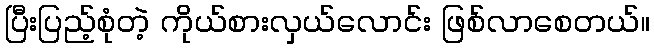
ပြီးပြည့်စုံတဲ့ ကိုယ်စားလှယ်လောင်း ဖြစ်လာစေတယ်။